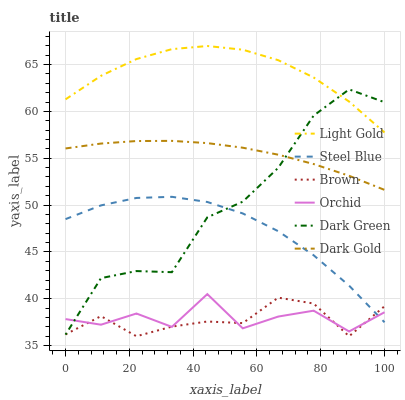
| xaxis_label | Light Gold | Steel Blue | Brown | Orchid | Dark Green | Dark Gold |
 | --- | --- | --- | --- | --- | --- | --- |
 | 0 | 61.3 | 48.5 | 36.2 | 37.8 | 36.2 | 56 |
 | 11.1 | 63.8 | 50 | 38.1 | 37.2 | 42.2 | 56.6 |
 | 22.2 | 65.6 | 50.8 | 36 | 38.4 | 43 | 56.8 |
 | 33.3 | 66.6 | 50.9 | 37 | 37 | 42.8 | 56.9 |
 | 44.4 | 67 | 50.3 | 37.6 | 40.5 | 48.7 | 56.6 |
 | 55.6 | 66.6 | 49.1 | 37.4 | 36.8 | 50.4 | 56.1 |
 | 66.7 | 65.5 | 47.2 | 40.1 | 38.1 | 54 | 55.4 |
 | 77.8 | 63.6 | 44.6 | 39.5 | 38.7 | 59.6 | 54.4 |
 | 88.9 | 61 | 41.4 | 36 | 36.5 | 62.4 | 53.1 |
 | 100 | 57.8 | 37.5 | 39.2 | 38.6 | 61 | 51.6 |